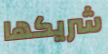
شريكها